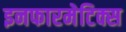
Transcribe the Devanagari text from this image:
इनफारमेटिक्स